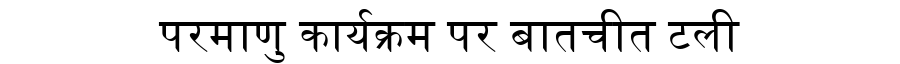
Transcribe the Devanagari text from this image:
परमाणु कार्यक्रम पर बातचीत टली